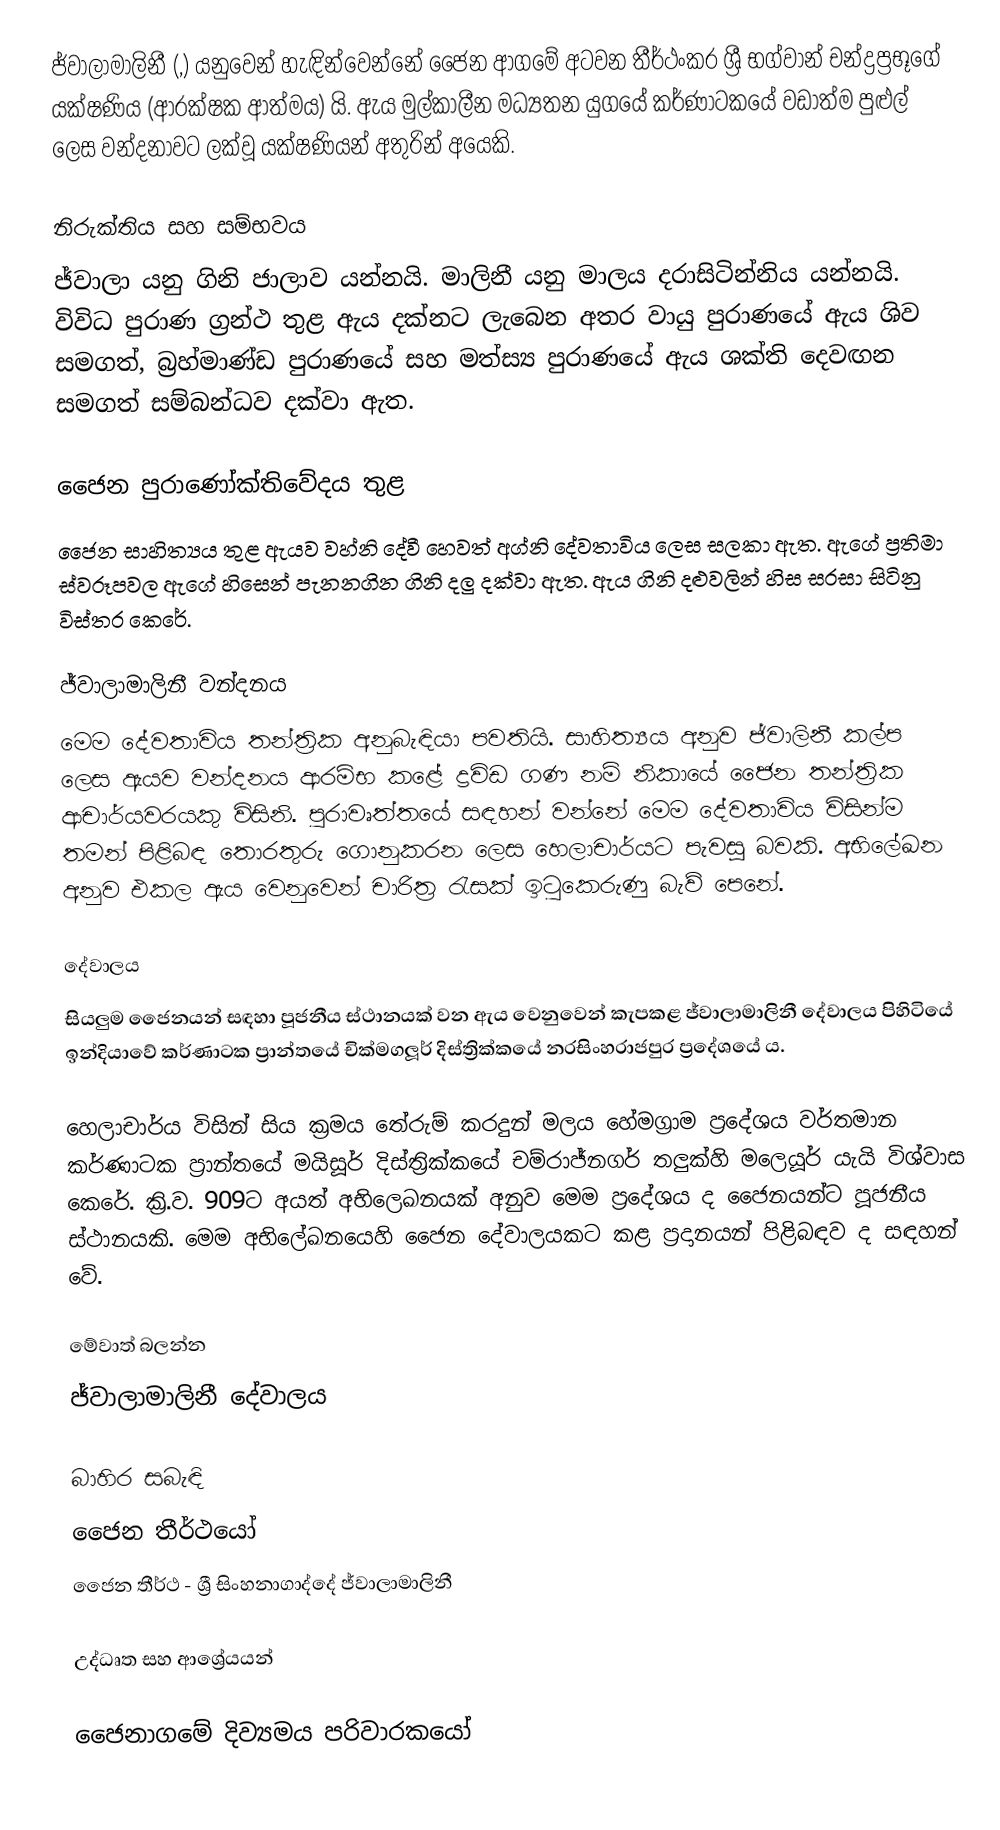
ජ්වාලාමාලිනී (,) යනුවෙන් හැඳින්වෙන්නේ ජෛන ආගමේ අටවන තීර්ථංකර ශ්‍රී භග්වාන් චන්ද්‍රප්‍රභූගේ යක්ෂණිය (ආරක්ෂක ආත්මය) යි. ඇය මුල්කාලීන මධ්‍යතන යුගයේ කර්ණාටකයේ වඩාත්ම පුළුල් ලෙස වන්දනාවට ලක්වූ යක්ෂණියන් අතුරින් අයෙකි.

නිරුක්තිය සහ සම්භවය
ජ්වාලා යනු ගිනි ජාලාව යන්නයි. මාලිනී යනු මාලය දරාසිටින්නිය යන්නයි. විවිධ පුරාණ ග්‍රන්ථ තුළ ඇය දක්නට ලැබෙන අතර වායු පුරාණයේ ඇය ශිව සමගත්, බ්‍රහ්මාණ්ඩ පුරාණයේ සහ මත්ස්‍ය පුරාණයේ ඇය ශක්ති දෙවඟන සමගත් සම්බන්ධව දක්වා ඇත.

ජෛන පුරාණෝක්තිවේදය තුළ
ජෛන සාහිත්‍යය තුළ ඇයව වහ්නි දේවී හෙවත් අග්නි දේවතාවිය ලෙස සලකා ඇත. ඇ‍ගේ ප්‍රතිමා ස්වරූපවල ඇගේ හිසෙන් පැනනගින ගිනි දලු දක්වා ඇත. ඇය ගිනි දළුවලින් හිස සරසා සිටිනු විස්තර කෙරේ.

ජ්වාලාමාලිනී වන්දනය
මෙම දේවතාවිය තන්ත්‍රික අනුබැඳියා පවතියි. සාහිත්‍යය අනුව ජ්වාලිනී කල්ප ලෙස ඇයව වන්දනය ආරම්භ කළේ ද්‍රවිඩ ගණ නම් නිකායේ ජෛන තන්ත්‍රික ආචාර්යවරයකු විසිනි. පුරාවෘත්තයේ සඳහන් වන්නේ මෙම දේවතාවිය විසින්ම තමන් පිළිබඳ තොරතුරු ගොනුකරන ලෙස හෙලාචාර්යට පැවසූ බවකි. අභිලේඛන අනුව එකල ඇය වෙනුවෙන් චාරිත්‍ර රැසක් ඉටුකෙරුණු බැව් පෙනේ.

දේවාලය
සියලුම ජෛනයන් සඳහා පූජනීය ස්ථානයක් වන ඇය වෙනුවෙන් කැපකළ ජ්වාලාමාලිනී දේවාලය පිහිටියේ ඉන්දියාවේ කර්ණාටක ප්‍රාන්තයේ චික්මගලූර් දිස්ත්‍රික්කයේ නරසිංහරාජපුර ප්‍රදේශයේ ය.

හෙලාචාර්ය විසින් සිය ක්‍රමය තේරුම් කරදුන් මලය හේමග්‍රාම ප්‍රදේශය වර්තමාන කර්ණාටක ප්‍රාන්තයේ මයිසූර් දිස්ත්‍රික්කයේ චම්රාජ්නගර් තලුක්හි මලෙයූර් යැයි විශ්වාස කෙරේ. ක්‍රි.ව. 909ට අයත් අභිලෙඛනයක් අනුව මෙම ප්‍රදේශය ද ජෛනයන්ට පූජනීය ස්ථානයකි. මෙම අභිලේඛනයෙහි ජෛන දේවාලයකට කළ ප්‍රදානයන් පිළිබඳව ද සඳහන් වේ.

මේවාත් බලන්න
ජ්වාලාමාලිනී දේවාලය

බාහිර සබැඳි
 ජෛන තීර්ථයෝ
 ජෛන තීර්ථ - ශ්‍රී සිංහනාගාද්දේ ජ්වාලාමාලිනී

උද්ධෘත සහ ආශ්‍රේයයන්

ජෛනාගමේ දිව්‍යමය පරිවාරකයෝ